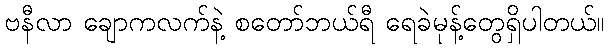
ဗနီလာ ချောကလက်နဲ့ စတော်ဘယ်ရီ ရေခဲမုန့်တွေရှိပါတယ်။